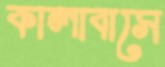
কালাবাসে